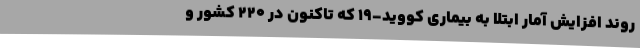
روند افزایش آمار ابتلا به بیماری کووید-۱۹ که تاکنون در ۲۲۰ کشور و